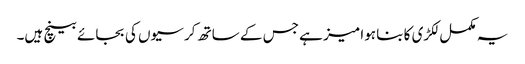
یہ مکمل لکڑی کا بنا ہوا میز ہے جس کے ساتھ کرسیوں کی بجائے بینچ ہیں۔